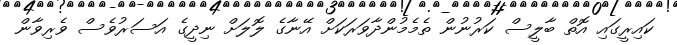
ކައިރީގައި އޮތް ބާލީސް ކަރުނުން ތެމެމުންދާވަރަކަށް އޭނާގެ ލޮލަށް ނިދީގެ އަސަރުވެސް ވެރިވާން